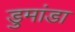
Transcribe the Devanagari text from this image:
डुमांडा